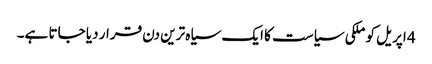
4 اپریل کو ملکی سیاست کا ایک سیاہ ترین دن قرار دیا جاتا ہے۔